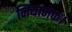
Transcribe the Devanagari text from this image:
नियामक।